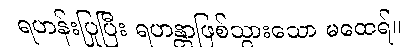
ရဟန်းပြုပြီး ရဟန္တာဖြစ်သွားသော မထေရ်။